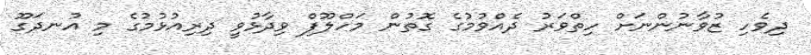
ދިވެހި ޒުވާނުންނަށް ހިތްވަރު ދެއްވުމުގެ ގޮތުން މަހްލޫފް ވިދާޅުވީ ދިރިއުޅުމުގެ މި އުނދަގޫ